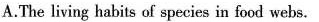
A.The living habits of species in food webs.